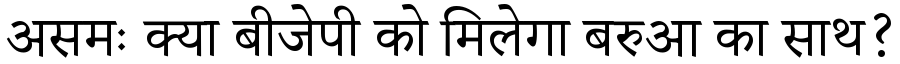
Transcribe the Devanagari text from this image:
असमः क्या बीजेपी को मिलेगा बरुआ का साथ?